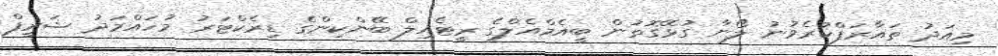
މިއަދު ތައާރަފްކުރެވުނު ލޯނާ ގުޅޭގޮތުން ބީއެމްއެލްގެ ރީޓެއިލް ބޭންކިންގެ ޑިރެކްޓަރު މުހައްމަދު ޝަރީފް